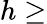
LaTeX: h\ge